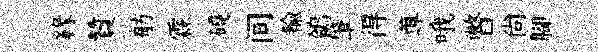
縁贊舫霖磽间輸鴒肇得蓴哦瞥尚腳